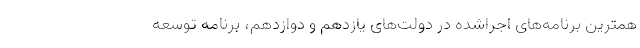
همترین برنامه‌های اجراشده در دولت‌های یازدهم و دوازدهم، برنامه توسعه